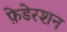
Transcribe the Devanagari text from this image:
फ़ेडेरशन